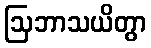
ဩဘာသယိတွာ